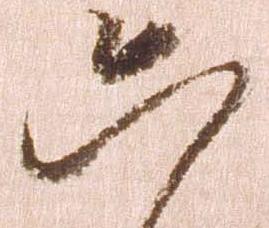
六